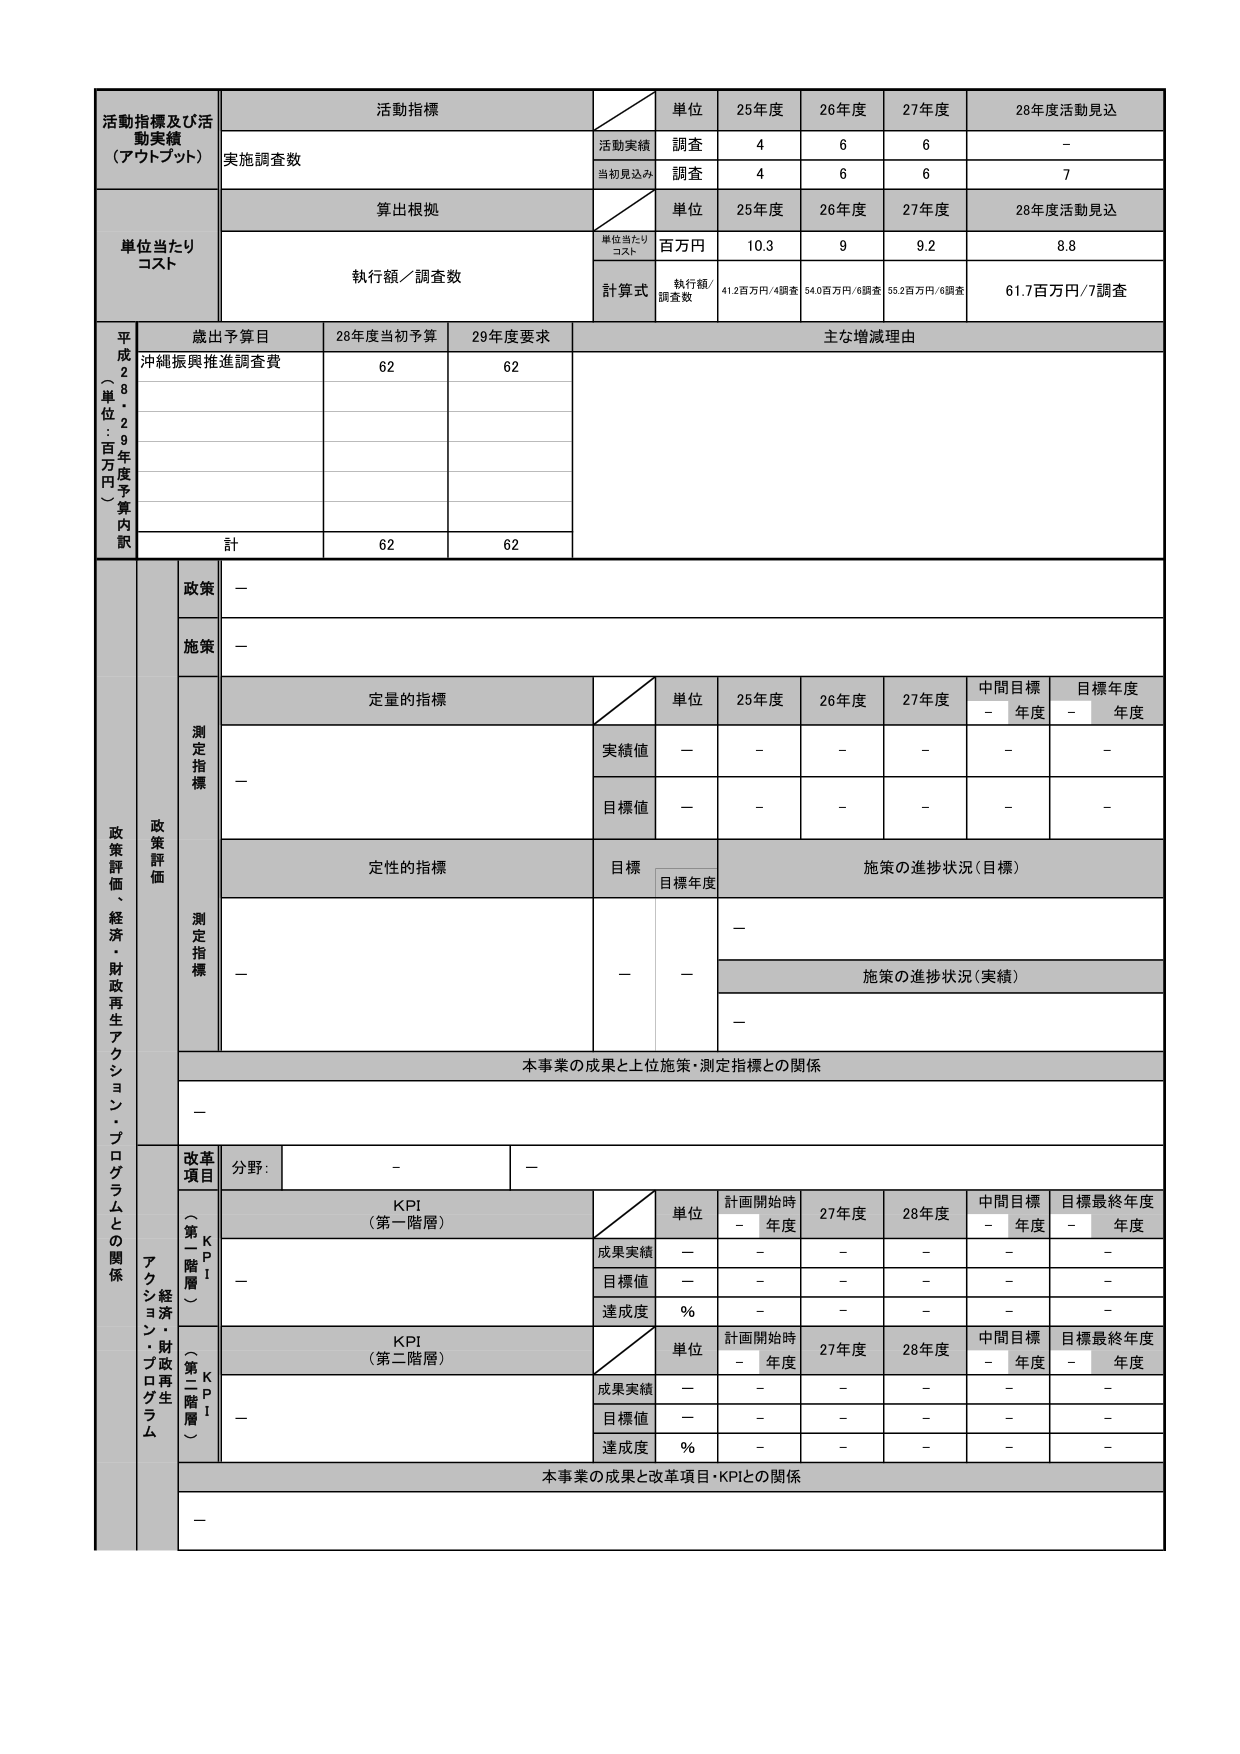
活動指標及び活動実績（アウトプット）
活動指標
単位
25年度
26年度
27年度
28年度活動見込
実施調査数
活動実績
調査
4
6
6
－
当初見込み
調査
4
6
6
7
単位当たりコスト
算出根拠
単位
25年度
26年度
27年度
28年度活動見込
執行額／調査数
単位当たりコスト
百万円
10.3
9
9.2
8.8
計算式
執行額／調査数
41.2百万円／4調査
54.0百万円／6調査
55.2百万円／6調査
61.7百万円／7調査
平成28・29年度予算内訳（単位：百万円）
歳出予算目
28年度当初予算
29年度要求
主な増減理由
沖縄振興推進調査費
62
62
計
62
62
政策評価、経済・財政再生アクション・プログラムとの関係
政策
－
施策
－
測定指標
定量的指標
単位
25年度
26年度
27年度
中間目標－年度
目標年度－年度
実績値
－
－
－
－
－
－
目標値
－
－
－
－
－
－
測定指標
定性的指標
目標
目標年度
施策の進捗状況（目標）
－
施策の進捗状況（実績）
－
本事業の成果と上位施策・測定指標との関係
－
改革項目
分野：
－
－
KPI（第一階層）
単位
計画開始時－年度
27年度
28年度
中間目標－年度
目標最終年度－年度
成果実績
－
－
－
－
－
－
目標値
－
－
－
－
－
－
達成度
%
－
－
－
－
－
KPI（第二階層）
単位
計画開始時－年度
27年度
28年度
中間目標－年度
目標最終年度－年度
成果実績
－
－
－
－
－
－
目標値
－
－
－
－
－
－
達成度
%
－
－
－
－
－
本事業の成果と改革項目・KPIとの関係
－